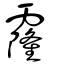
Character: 霳